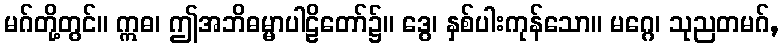
မဂ်တို့တွင်။ ဣဓ၊ ဤအဘိဓမ္မာပါဠိတော်၌။ ဒွေ၊ နှစ်ပါးကုန်သော။ မဂ္ဂေ၊ သုညတမဂ်,